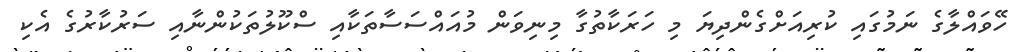
ހޭވައްލާގެ ނަމުގައި ކުރިއަށްގެންދިޔަ މި ހަރަކާތުގާ މިނިވަން މުއައްސަސާތަކާއި ސްކޫލުތަކުންނާއި ސަރުކާރުގެ އެކި